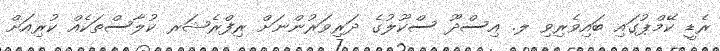
ރެޑީ ކޭމްޕުގައި ބައިވެރިވި ލ. އިސްދޫ ސްކޫލުގެ ދަރިވަރުންނަށް ރިފްރެޝަރ ކުލާސްތަކެއް ކުރިއަށް